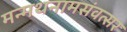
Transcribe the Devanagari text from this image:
मन्मथनामसंवत्सर